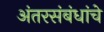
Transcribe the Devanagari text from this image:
अंतरसंबंधांचे